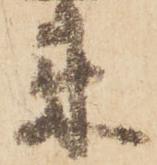
来